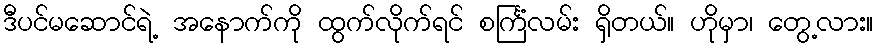
ဒီပင်မဆောင်ရဲ့ အနောက်ကို ထွက်လိုက်ရင် စင်္ကြံလမ်း ရှိတယ်။ ဟိုမှာ၊ တွေ့လား။